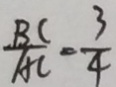
\frac { B C } { A C } = \frac { 3 } { 4 }